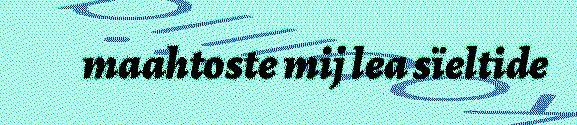
maahtoste mij lea sïeltide